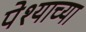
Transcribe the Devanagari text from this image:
पेश्याच्या